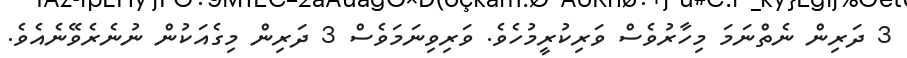
3 ދަރިން ނެތްނަމަ މިހާރުވެސް ވަރިކުރީމުހެވެ. ވަރިވިނަމަވެސް 3 ދަރިން މިގެއަކުން ނުނެރެވޭނެއެވެ.